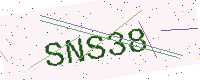
Text: SNS38